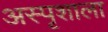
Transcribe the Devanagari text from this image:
अस्पृशाला